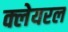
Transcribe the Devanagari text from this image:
क्लेयरल